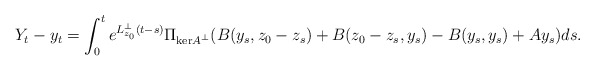
\begin{align*} Y_t - y_t = \int_0^t e^{L_{z_0}^\perp(t-s)}\Pi_{\mathrm{ker}A^\perp}(B(y_s,z_0-z_s) + B(z_0-z_s,y_s) - B(y_s,y_s) + Ay_s)ds.\end{align*}